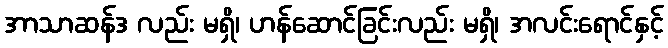
အာသာဆန်ဒ လည်း မရှိ၊ ဟန်ဆောင်ခြင်းလည်း မရှိ၊ အလင်းရောင်နှင့်